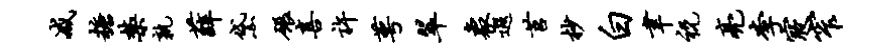
减糖禁孰薛黛碾喜许萼翠象遐莒杪白聿祝亮李寝窄